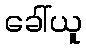
ခေါ်ယူ